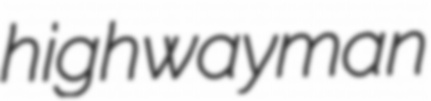
highwayman